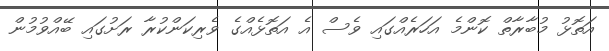
އަތޮޅު މުބާރާތް ކޮންމެ އަހަރެއްގައި ވެސް އެ އަތޮޅެއްގެ ވެރިކަންކުރާ ރަށުގައި ބޭއްވުމުން